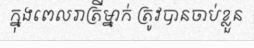
ក្នុងពេលរាត្រីម្នាក់ ត្រូវបានចាប់ខ្លួន